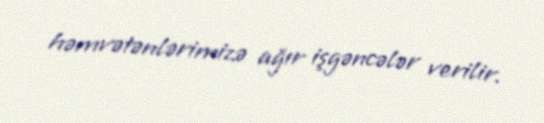
həmvətənlərimizə ağır işgəncələr verilir.